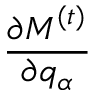
\frac { \partial \boldsymbol { M } ^ { ( t ) } } { \partial q _ { \alpha } }